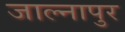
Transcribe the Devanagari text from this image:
जाल्नापुर